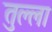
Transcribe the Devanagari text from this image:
तुल्ला